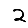
Digit: 2